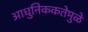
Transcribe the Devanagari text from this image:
आधुनिककतेमुळे